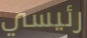
رئيسي